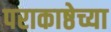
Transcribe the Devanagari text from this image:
पराकाष्ठेच्या